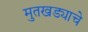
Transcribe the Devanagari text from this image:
मुतखड्याचे